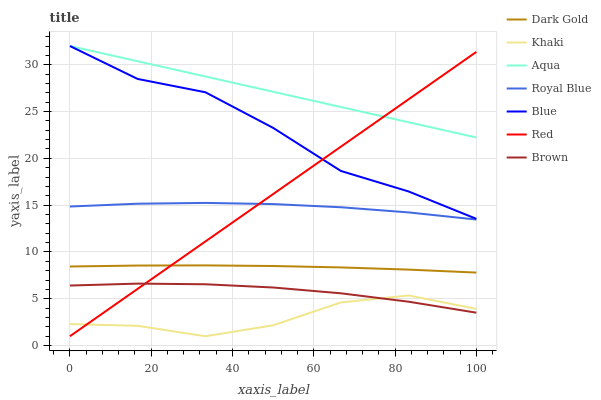
| xaxis_label | Dark Gold | Khaki | Aqua | Royal Blue | Blue | Red | Brown |
 | --- | --- | --- | --- | --- | --- | --- | --- |
 | 0 | 8.45 | 2.3 | 32 | 14.9 | 32 | 1 | 6.41 |
 | 16.7 | 8.55 | 2.11 | 30.4 | 15.2 | 28.5 | 6.06 | 6.62 |
 | 33.3 | 8.57 | 1 | 28.7 | 15.2 | 27.1 | 11.1 | 6.55 |
 | 50 | 8.5 | 2.17 | 27.1 | 15.1 | 23.3 | 16.2 | 6.21 |
 | 66.7 | 8.35 | 4.61 | 25.5 | 14.8 | 18.7 | 21.2 | 5.59 |
 | 83.3 | 8.12 | 5.36 | 23.9 | 14.2 | 16.5 | 26.3 | 4.69 |
 | 100 | 7.8 | 3.92 | 22.2 | 13.5 | 13.5 | 31.4 | 3.52 |